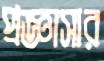
প্রজ্ঞাসার